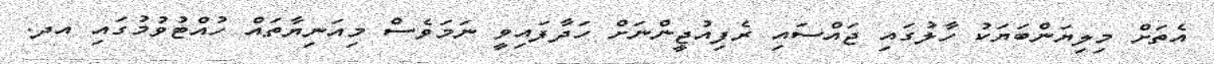
އެތަށް މިލިޔަންބަޔަކު ހާލުގައި ޖައްސައި ރެފިއުޖީންނަށް ހަދާފައިވީ ނަމަވެސް މިއަނިޔާތައް ހުއްޓުވުމުގައި އދ.